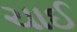
ચાઈ